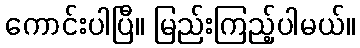
ကောင်းပါပြီ။ မြည်းကြည့်ပါမယ်။